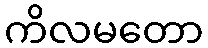
ကိလမတော